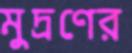
মুদ্রণের